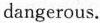
dangerous.